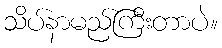
သိပ်နာမည်ကြီးတာပဲ။